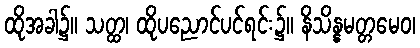
ထိုအခါ၌။ သတ္ထ၊ ထိုပညောင်ပင်ရင်း၌။ နိသိန္နမတ္တမေဝ၊